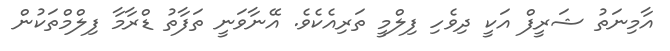
އާމިނަތު ޝަރީފް އަކީ ދިވެހި ފިލްމީ ތަރިއެކެވެ. އޭނާވަނީ ތަފާތު ޑްރާމާ ފިލްމްތަކުން